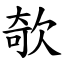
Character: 欹